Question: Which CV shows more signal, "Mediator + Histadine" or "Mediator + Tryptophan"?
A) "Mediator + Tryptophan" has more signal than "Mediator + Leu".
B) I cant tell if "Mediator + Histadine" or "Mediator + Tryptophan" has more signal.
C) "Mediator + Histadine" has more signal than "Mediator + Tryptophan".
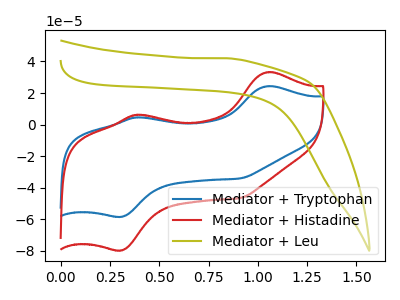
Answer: <think>The blue curve "Mediator + Tryptophan" has anodic peaks at (1.05V, 24.40uA) (0.40V, 4.60uA) and cathodic peaks at (0.30V, -58.45uA) (0.90V, -34.10uA). The red curve "Mediator + Histadine" has anodic peaks at (1.05V, 33.30uA) (0.40V, 6.25uA) and cathodic peaks at (0.30V, -79.75uA) (0.90V, -46.55uA). The olive curve "Mediator + Leu" has no peaks.
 All the peaks in "Mediator + Histadine" have a peak in "Mediator + Tryptophan" at the same potential. Every peak in "Mediator + Histadine" is higher than every peak in "Mediator + Tryptophan".</think>
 <answer>C) "Mediator + Histadine" has more signal than "Mediator + Tryptophan".</answer>
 <eval>C</eval>